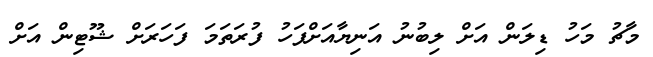
މާޗު މަހު ޑިލަން އަށް ލިބުނު އަނިޔާއަށްފަހު ފުރަތަމަ ފަހަރަށް ޝޫޓިން އަށް